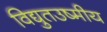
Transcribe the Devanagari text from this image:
विद्युतउष्मीय